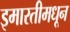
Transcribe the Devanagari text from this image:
इमारतीमधून